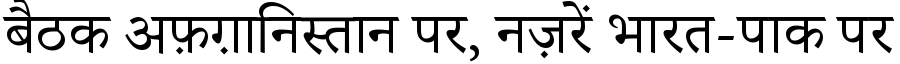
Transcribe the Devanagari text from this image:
बैठक अफ़ग़ानिस्तान पर, नज़रें भारत-पाक पर